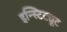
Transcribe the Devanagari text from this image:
इन्स्टिट्यूट